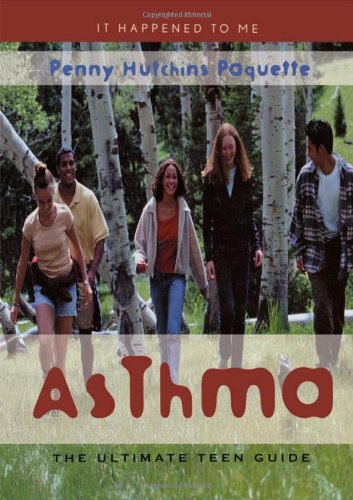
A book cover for Asthma: The Ultimate Teen Guide (It Happened to Me); Penny Hutchins Paquette; Health, Fitness & Dieting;